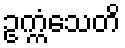
ဥက္ကံသေတိ